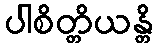
ပါစိတ္တိယန္တိ